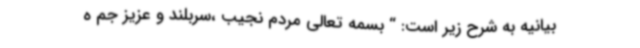
بیانیه به شرح زیر است: “ بسمه تعالی مردم نجیب ،سربلند و عزیز جم ه